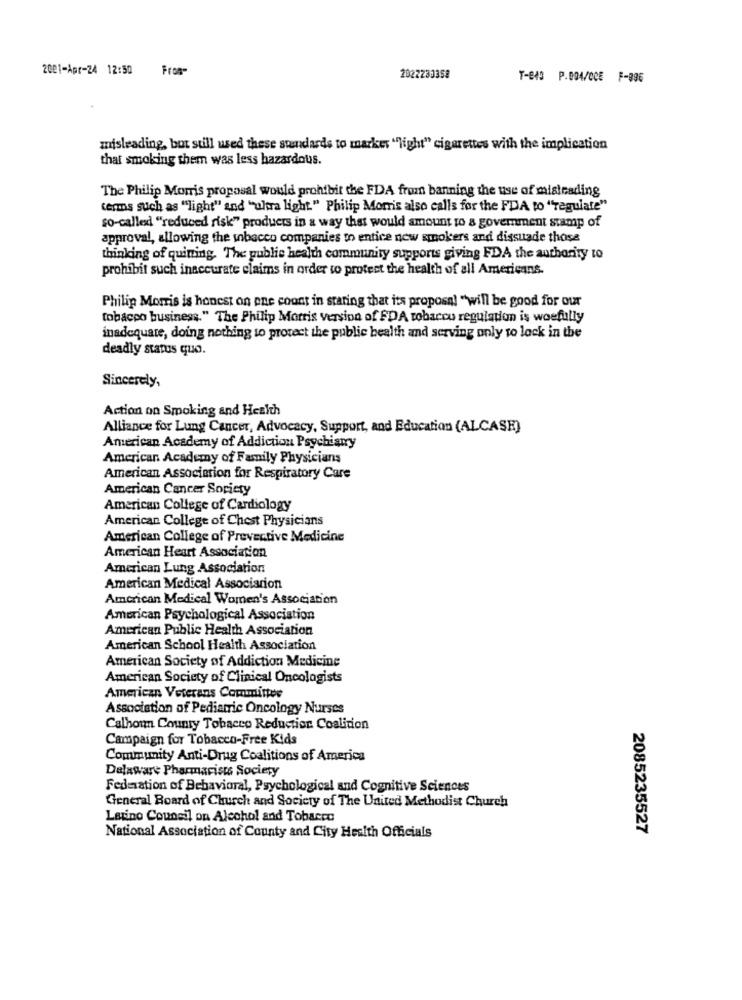
2001-Apr-24 12:50
From-
2022233358
T-843 P.004/005 F-096
misleading, but still used these standards to market "light" cigarettes with the implication
that smoking them was less hazardous.
The Philip Morris proposal would prohibit the FDA from banning the use of misleading
terms such as ""light" and "ultra light." Philip Mom's also calls for the FDA to "regulate"
so-called ""reduced risk" products in a way that would amount to a government stamp of
approval, allowing the tobacco companies to entice new smokers and dissuade those
thinking of quining. The public health community supports giving FDA the authority to
prohibit such inaccurate claims in order to protect the health of all Americans.
Philip Morris is honest on ene coont in staring that its proposal "will be good for our
tobacco business." The Philip Morris version of FDA tobacco regulation is woefully
inadequate, doing nothing to protect the public health and serving only to lock in the
deadly status quo.
Sincerely,
Action on Smoking and Health
Alliance for Lung Cancer, Advocacy, Support, and Education (ALCASH)
American Academy of Addiction Psychiany
American Academy of Family Physicians
American Association for Respiratory Care
American Cancer Society
American College of Cardiology
American College of Chest Physicians
American College of Preventive Medicine
American Heart Association
American Lung Association
American Medical Association
American Medical Women's Association
American Psychological Association
American Public Health Association
American School Health Association
American Society of Addiction Medicine
American Society of Clinical Oncologists
American Veterans Committee
Association of Pediatric Oncology Nurses
Calhoun County Tobacco Reduction Coalition
Campaign for Tobacco-Free Kids
Community Anti-Drug Coalitions of America
Delaware Pharmacists Society
Federation of Behavioral, Psychological and Cognitive Sciences
General Board of Church and Society of The United Methodist Church
Latino Council on Alcohol and Tobacco
2085235527
National Association of County and City Health Officials